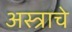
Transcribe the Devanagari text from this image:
अस्त्राचे